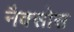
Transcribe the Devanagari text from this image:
नैक्सोस